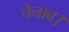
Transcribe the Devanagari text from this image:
चेनाब।